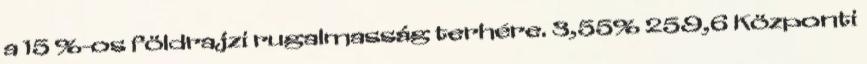
a 15 %-os földrajzi rugalmasság terhére. 3,55% 259,6 Központi